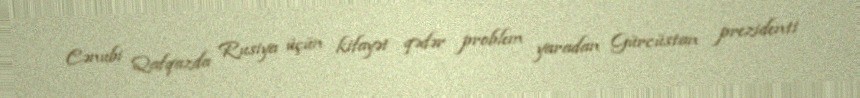
Cənubi Qafqazda Rusiya üçün kifayət qədər problem yaradan Gürcüstan prezidenti